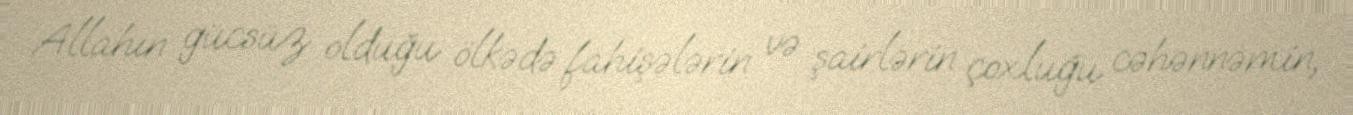
Allahın gücsüz olduğu ölkədə fahişələrin və şairlərin çoxluğu cəhənnəmin,